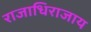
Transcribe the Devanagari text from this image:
राजाधिराजाय